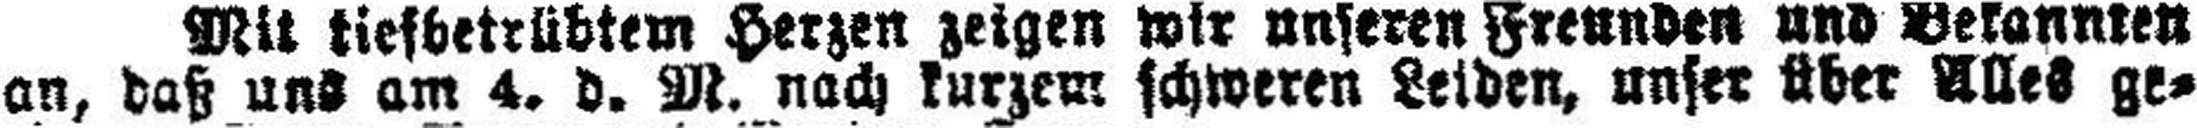
an, daß uns am 4. d. M. nach kurzem schweren Leiden, unser über alles ge¬